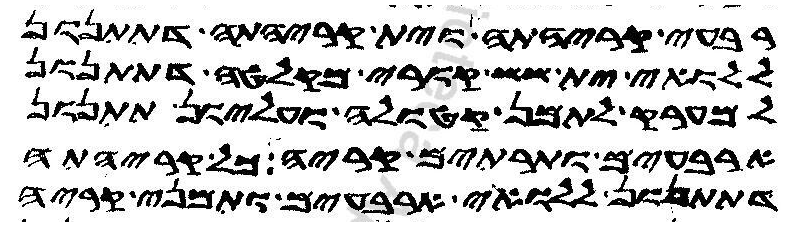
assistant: רבעי קריהתה וית קריהתה דתתנון
ללואי ית ששת קורי מקלטה דתתנון
למערק לתמן קטולה ועליון תתנון
ארבעים ותרתין קריה כל קריהתה
דתתנון ללואי ארבעים ותמני קריה